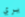
يري